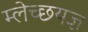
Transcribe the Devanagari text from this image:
म्लेच्छयज्ञ